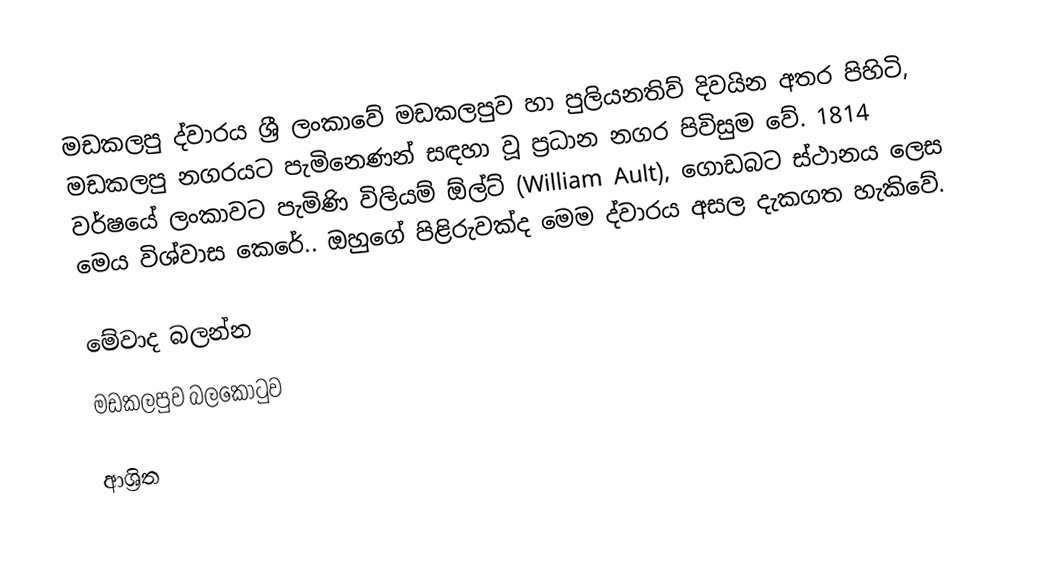
මඩකලපු ද්වාරය ශ්‍රී ලංකාවේ මඩකලපුව හා පුලියනතිව් දිවයින අතර පිහිටි, මඩකලපු නගරයට පැමිනෙණන් සඳහා වූ ප්‍රධාන නගර පිවිසුම වේ. 1814 වර්ෂයේ ලංකාවට පැමිණි විලියම් ඕල්ට් (William Ault), ගොඩබට ස්ථානය ලෙස මෙය විශ්වාස කෙරේ.. ඔහුගේ පිළිරුවක්ද මෙම ද්වාරය අසල දැකගත හැකිවේ.

මේවාද බලන්න
මඩකලපුව බලකොටුව

ආශ්‍රිත